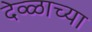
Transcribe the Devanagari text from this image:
देव्ळाच्या